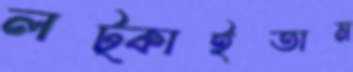
লট্‌কাইতাম